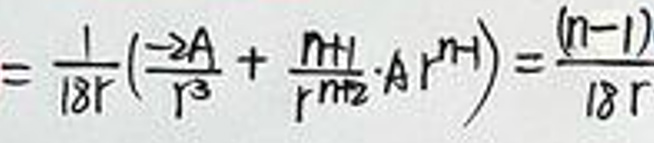
$= \frac{1}{18r} ( \frac{-2A}{r^3} + \frac{n+1}{r^{n+2}} \cdot A r^n ) = \frac{(n-1)}{18r}$